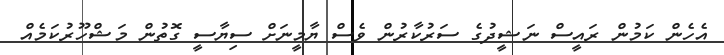
އެހެން ކަމުން ރައީސް ނަޝީދުގެ ސަރުކާރުން ވެސް ޔާމީނަށް ސިޔާސީ ގޮތުން މަޝްހޫރުކަމެއް